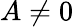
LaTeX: A\neq 0